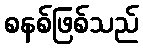
စနစ်ဖြစ်သည်